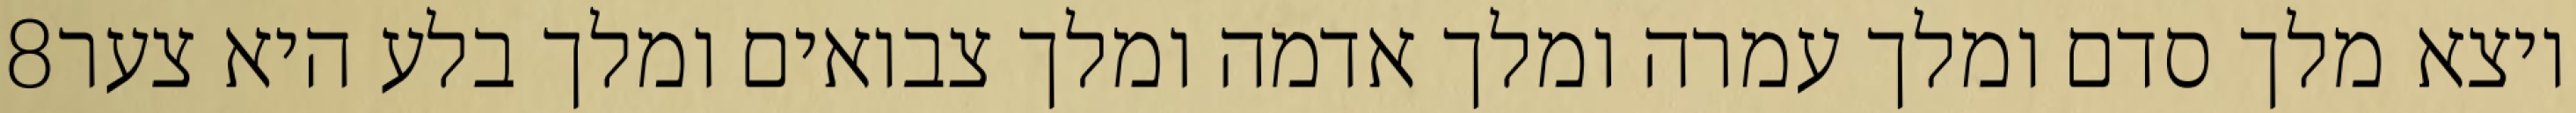
‎8‏ ויצא מלך סדם ומלך עמרה ומלך אדמה ומלך צבואים ומלך בלע היא צער